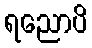
ရညောပိ